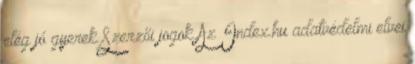
elég jó gyerek Szerzői jogok Az Index.hu adatvédelmi elvei